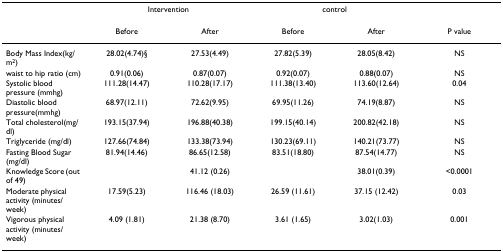
<table><thead><tr><td></td><td colspan="2"><b>Intervention</b></td><td colspan="2"><b>control</b></td><td></td></tr></thead><tbody><tr><td></td><td>Before</td><td>After</td><td>Before</td><td>After</td><td>P value</td></tr><tr><td>Body Mass Index(kg/m<sup>2</sup>)</td><td>28.02(4.74)§</td><td>27.53(4.49)</td><td>27.82(5.39)</td><td>28.05(8.42)</td><td>NS</td></tr><tr><td>waist to hip ratio (cm)</td><td>0.91(0.06)</td><td>0.87(0.07)</td><td>0.92(0.07)</td><td>0.88(0.07)</td><td>NS</td></tr><tr><td>Systolic blood pressure (mmhg)</td><td>111.28(14.47)</td><td>110.28(17.17)</td><td>111.38(13.40)</td><td>113.60(12.64)</td><td>0.04</td></tr><tr><td>Diastolic blood pressure(mmhg)</td><td>68.97(12.11)</td><td>72.62(9.95)</td><td>69.95(11.26)</td><td>74.19(8.87)</td><td>NS</td></tr><tr><td>Total cholesterol(mg/dl)</td><td>193.15(37.94)</td><td>196.88(40.38)</td><td>199.15(40.14)</td><td>200.82(42.18)</td><td>NS</td></tr><tr><td>Triglyceride (mg/dl)</td><td>127.66(74.84)</td><td>133.38(73.94)</td><td>130.23(69.11)</td><td>140.21(73.77)</td><td>NS</td></tr><tr><td>Fasting Blood Sugar (mg/dl)</td><td>81.94(14.46)</td><td>86.65(12.58)</td><td>83.51(18.80)</td><td>87.54(14.77)</td><td>NS</td></tr><tr><td>Knowledge Score (out of 49)</td><td></td><td>41.12 (0.26)</td><td></td><td>38.01(0.39)</td><td>&lt;0.0001</td></tr><tr><td>Moderate physical activity (minutes/week)</td><td>17.59(5.23)</td><td>116.46 (18.03)</td><td>26.59 (11.61)</td><td>37.15 (12.42)</td><td>0.03</td></tr><tr><td>Vigorous physical activity (minutes/week)</td><td>4.09 (1.81)</td><td>21.38 (8.70)</td><td>3.61 (1.65)</td><td>3.02(1.03)</td><td>0.001</td></tr></tbody></table>